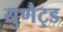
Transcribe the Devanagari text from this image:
युणैट्ड